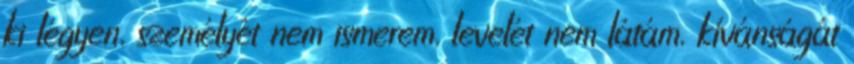
ki légyen, személyét nem ismerem, levelét nem látám, kívánságát